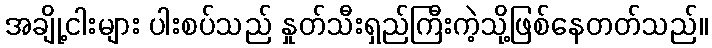
အချို့ငါးများ ပါးစပ်သည် နှုတ်သီးရှည်ကြီးကဲ့သို့ဖြစ်နေတတ်သည်။